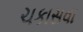
ચકાસવા